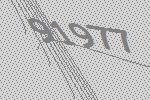
91977